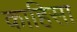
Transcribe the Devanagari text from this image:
काहिसा